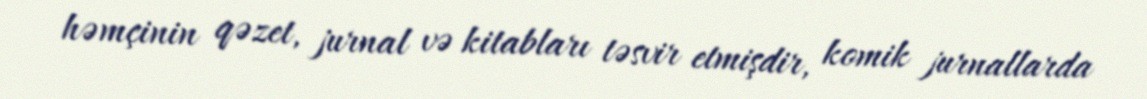
həmçinin qəzet, jurnal və kitabları təsvir etmişdir, komik jurnallarda